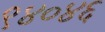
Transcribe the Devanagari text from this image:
९४०४६